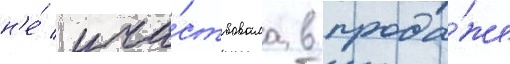
н'е́ уча́ствовала в прода́же